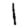
Digit: 1